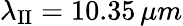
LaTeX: \lambda_{\mathrm{II}}=10.35\, \mu m